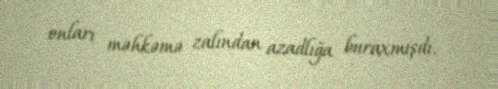
onları məhkəmə zalından azadlığa buraxmışdı.